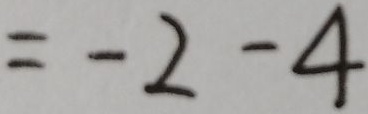
= - 2 - 4